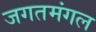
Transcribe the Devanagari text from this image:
जगतमंगल